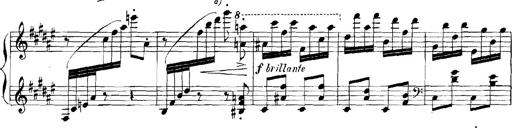
Title: Rhapsodies hongroises
Composer: Franz Liszt